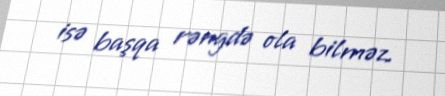
isə başqa rəngdə ola bilməz.